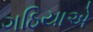
ગઠિયાએ